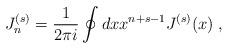
\begin{align*}J^{(s)}_n = \frac{1}{2\pi i} \oint dx x^{n+s-1} J^{(s)}(x) \;,\end{align*}